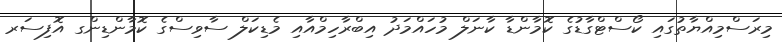
މިރަސްމިއްޔާތުގައި ކޯސްޓްގާޑުގެ ކޮމާންޑާ ކާނަލް މުހައްމަދު އިބްރާހިމްއާއި މެޑިކަލް ސާވިސްގެ ކޮމާންޑިންގ އޮފިސަރ